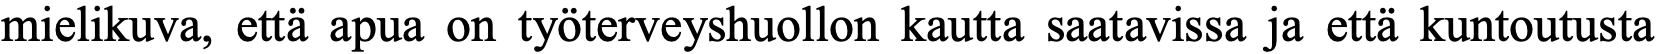
mielikuva, että apua on työterveyshuollon kautta saatavissa ja että kuntoutusta